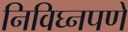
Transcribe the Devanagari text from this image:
निविघ्नपणे